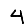
Digit: 4